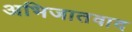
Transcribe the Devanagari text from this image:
अभिजातवाद